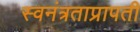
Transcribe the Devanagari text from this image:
स्वनंत्रताप्रापती